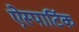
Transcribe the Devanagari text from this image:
ऐस्पार्टिक